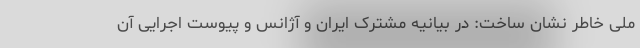
ملی خاطر نشان ساخت: در بیانیه مشترک ایران و آژانس و پیوست اجرایی آن